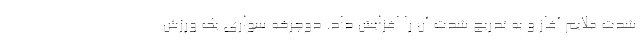
شدت ملایم آغاز و به تدریج شدت آن را افزایش داد. دوچرخه سواری یک ورزش